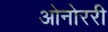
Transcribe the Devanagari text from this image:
ओनोररी